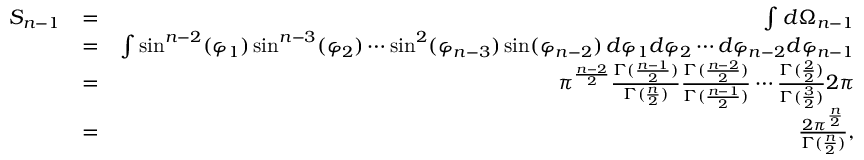
\begin{array} { r l r } { S _ { n - 1 } } & { = } & { \int d \Omega _ { n - 1 } } \\ & { = } & { \int \sin ^ { n - 2 } ( \varphi _ { 1 } ) \sin ^ { n - 3 } ( \varphi _ { 2 } ) \cdots \sin ^ { 2 } ( \varphi _ { n - 3 } ) \sin ( \varphi _ { n - 2 } ) \, d \varphi _ { 1 } d \varphi _ { 2 } \cdots d \varphi _ { n - 2 } d \varphi _ { n - 1 } } \\ & { = } & { \pi ^ { \frac { n - 2 } { 2 } } \frac { \Gamma ( \frac { n - 1 } { 2 } ) } { \Gamma ( \frac { n } { 2 } ) } \frac { \Gamma ( \frac { n - 2 } { 2 } ) } { \Gamma ( \frac { n - 1 } { 2 } ) } \cdots \frac { \Gamma ( \frac { 2 } { 2 } ) } { \Gamma ( \frac { 3 } { 2 } ) } 2 \pi } \\ & { = } & { \frac { 2 \pi ^ { \frac { n } { 2 } } } { \Gamma ( \frac { n } { 2 } ) } , } \end{array}